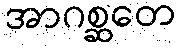
အာဂစ္ဆတေ